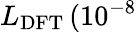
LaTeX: L_{\mathrm{DFT}}\, (10^{-8}